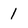
Character: 1